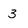
Character: 3